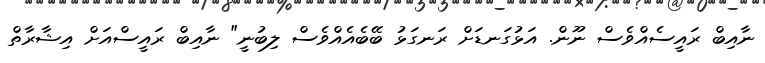
ނާއިބް ރައީސެއްވެސް ނޫން. އަޅުގަނޑަށް ރަނގަޅު ބޭބެއެއްވެސް ލިބުނީ" ނާއިބް ރައީސްއަށް އިޝާރާތް